Scottish Leaving Certificate Examination, 1956
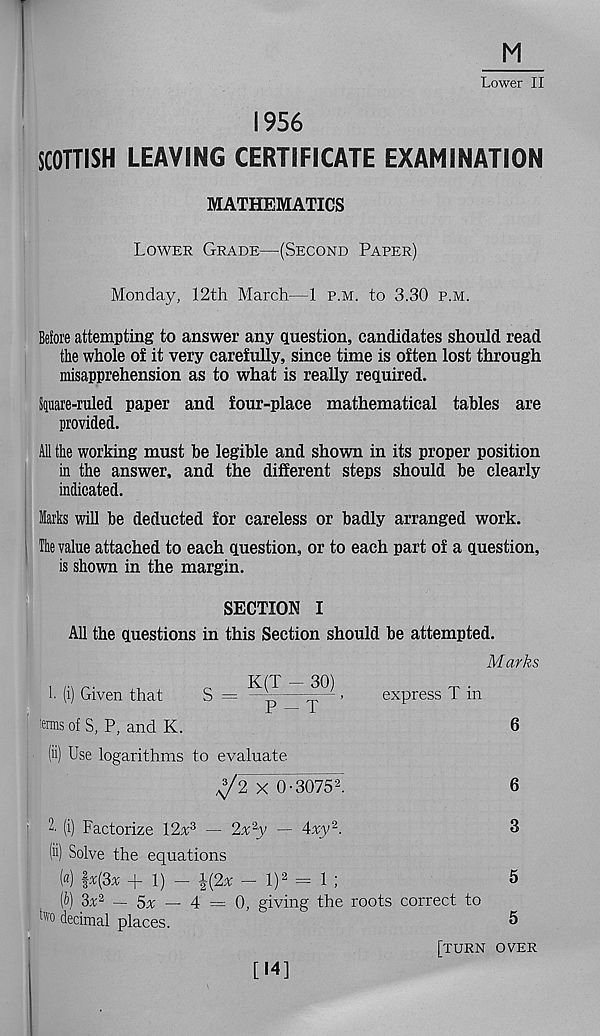
M
Lower II
1956
SCOTTISH LEAVING CERTIFICATE EXAMINATION
MATHEMATICS
Lower Grade—(Second Paper)
Monday, 12th March—1 p.m. to 3.30 p.m.
Before attempting to answer any question, candidates should read
the whole of it very carefully, since time is often lost through
misapprehension as to what is really required.
Spare-ruled paper and four-place mathematical tables are
provided.
All the working must be legible and shown in its proper position
in the answer, and the different steps should be clearly
indicated.
Marks will be deducted for careless or badly arranged work.
The value attached to each question, or to each part of a question,
is shown in the margin.
SECTION I
All the questions in this Section should be attempted.
Marks
1. (i) Given that
S =
»
express T in
tans of S, P, and K.
6
(ii) Use logarithms to evaluate
^2 X 0-3075 2
6
2- (i) Factorize 12a 3 — 2x 2 y — Axy 2 .
3
(h) Solve the equations
(«) |*(3a + 1) - \{2x - l) 2 = 1 ;
5
(b) 3a 2 — 5x — 4 = 0, giving the roots correct to
i"'o decimal places.
[turn over
[14]